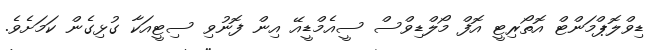
ޑިވްލޮޕްމަންޓް އޮތޯރިޓީ އޮފް މޯލްޑިވްސް ސީއެމްޑީއޭ އިން ފޮނުވި ސިޓީއަކާ ގުޅިގެން ކަމަށެވެ.